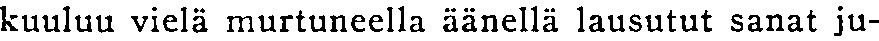
kuuluu vielä murtuneella äänellä lausutut sanat ju-